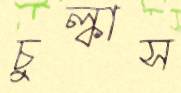
চুল্‌কাস